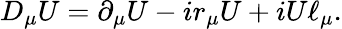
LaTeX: D_{\mu}{U}=\partial_{\mu}{U}-ir_{\mu}{U}+iU\ell_{\mu}.